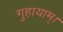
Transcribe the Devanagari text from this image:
गुहायाम्।